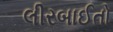
લીરબાઈતો